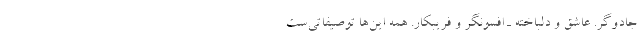
جادوگر. عاشق و دلباخته ـ افسونگر و فریبکار. همه این‌ها توصیفاتی‌ست